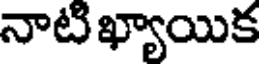
నాటి ఖ్యాయిక